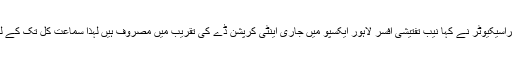
دوران سماعت نیب پراسیکیوٹر نے کہا نیب تفتیشی افسر لاہور ایکسپو میں جاری اینٹی کرپشن ڈے کی تقریب میں مصروف ہیں لہذا سماعت کل تک کے لیے ملتوی کی جائے۔